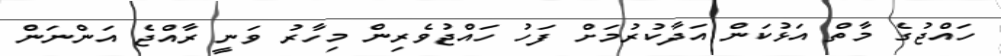
ހައްޖުގެ މާތް އަޅުކަން އަދާކުރުމަށް ފަހު ހައްޖުވެރިން މިހާރު ވަނީ ރާއްޖެ އަންނަން